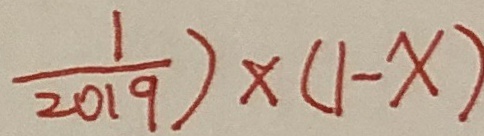
\frac { 1 } { 2 0 1 9 } ) \times ( 1 - x )